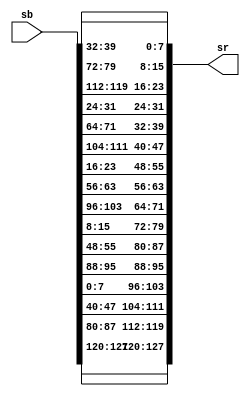
`timescale 1ns / 1ps
//////////////////////////////////////////////////////////////////////////////////
// Company: 
// Engineer: 
// 
// Design Name: 
// Module Name: shiftrow
// Project Name: 
// Target Devices: 
// Tool Versions: 
// Description: 
// 
// Dependencies: 
// 
// Revision:
// Revision 0.01 - File Created
// Additional Comments:
// 
//////////////////////////////////////////////////////////////////////////////////

module shiftrow(sb,sr);

input [127:0] sb;
output [127:0] sr;

assign         sr[127:120] = sb[127:120];  
assign         sr[119:112] = sb[87:80];
assign         sr[111:104] = sb[47:40];
assign         sr[103:96] = sb[7:0];
   
assign          sr[95:88] = sb[95:88];
assign          sr[87:80] = sb[55:48];
assign          sr[79:72] = sb[15:8];
assign          sr[71:64] = sb[103:96];
   
assign          sr[63:56] = sb[63:56];
assign          sr[55:48] = sb[23:16];
assign          sr[47:40] = sb[111:104];
assign          sr[39:32] = sb[71:64];
   
assign          sr[31:24] = sb[31:24];
assign          sr[23:16] = sb[119:112];
assign          sr[15:8] = sb[79:72];
assign          sr[7:0] = sb[39:32]; 


endmodule